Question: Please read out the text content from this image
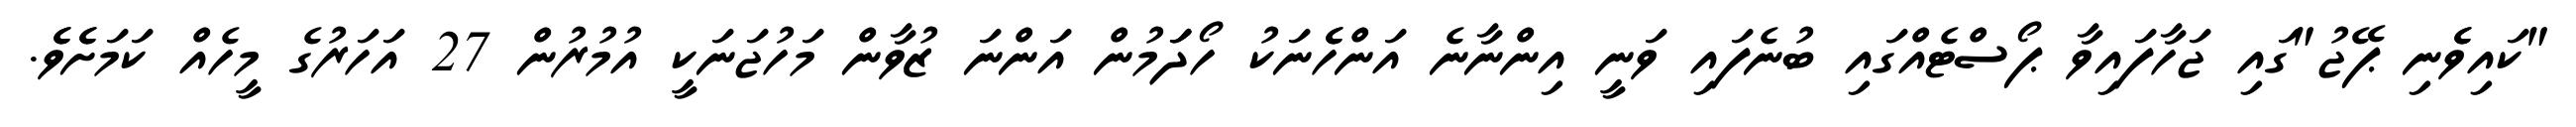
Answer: "ކައިވެެނި ޕޭޖު"ގައި ޖަހާފައިވާ ޕޯސްޓެއްގައި ބުނެފައި ވަނީ އިންނާނެ އަންހެެނަކު ހޯދަަމުން އަންނަ ޒުވާން މަހުޖަނަކީ އުމުރުން 27 އަހަރުގެ މީހެއް ކަމަށެެވެެ.